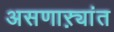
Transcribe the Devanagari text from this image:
असणाऱ्यांत